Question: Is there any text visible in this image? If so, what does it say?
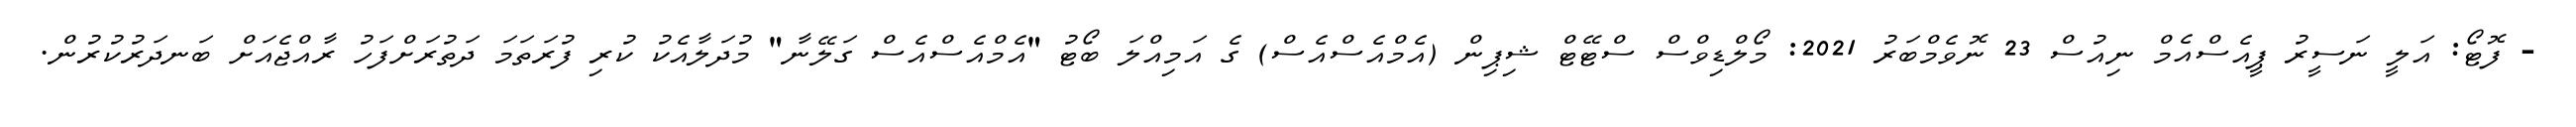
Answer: - ފޮޓޯ: އަލީ ނަސީރު ޕީއެސްއެމް ނިއުސް 23 ނޮވެމްބަރު 2021: މޯލްޑިވްސް ސްޓޭޓް ޝިޕިން (އެމްއެސްއެސް) ގެ އަމިއްލަ ބޯޓު "އެމްއެސްއެސް ގަލޭނާ" މުދަލާއެކު ކުރި ފުރަތަމަ ދަތުރަށްފަހު ރާއްޖެއަށް ބަނދަރުކުރުން.